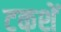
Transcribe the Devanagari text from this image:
टकशें